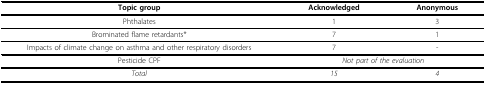
<table><thead><tr><td><b>Topic group</b></td><td><b>Acknowledged</b></td><td><b>Anonymous</b></td></tr></thead><tbody><tr><td>Phthalates</td><td>1</td><td>3</td></tr><tr><td>Brominated flame retardants*</td><td>7</td><td>1</td></tr><tr><td>Impacts of climate change on asthma and other respiratory disorders</td><td>7</td><td>-</td></tr><tr><td>Pesticide CPF</td><td colspan="2"><i>Not part of the evaluation</i></td></tr><tr><td><i>Total</i></td><td><i>15</i></td><td><i>4</i></td></tr></tbody></table>